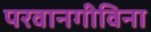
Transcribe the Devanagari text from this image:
परवानगीविना